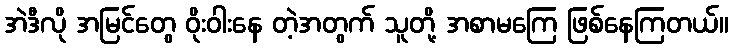
အဲဒီလို အမြင်တွေ ဝိုးဝါးနေ တဲ့အတွက် သူတို့ အစာမကြေ ဖြစ်နေကြတယ်။